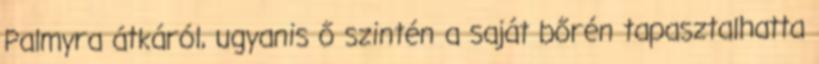
Palmyra átkáról, ugyanis ő szintén a saját bőrén tapasztalhatta